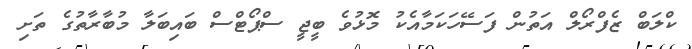
ކްލަބް ޒެފްރޯލް އަތުން ފަސޭހަކަމާއެކު މޮޅުވެ ބީޖީ ސްޕޯޓްސް ބައިބަލާ މުބާރާތުގެ ތަށި